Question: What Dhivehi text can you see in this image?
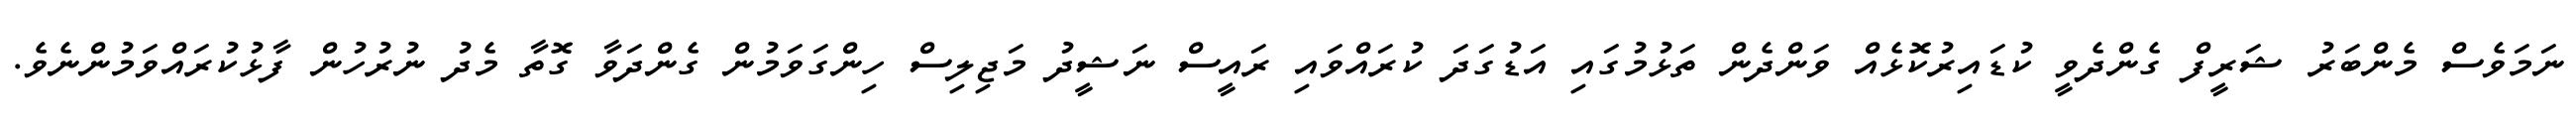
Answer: ނަމަވެސް މެންބަރު ޝަރީފް ގެންދެވީ ކުޑައިރުކޮޅެއް ވަންދެން ތަޅުމުގައި އަޑުގަދަ ކުރައްވައި ރައީސް ނަޝީދު މަޖިލިސް ހިންގަވަމުން ގެންދަވާ ގޮތާ މެދު ނުރުހުން ފާޅުކުރައްވަމުންނެވެ.